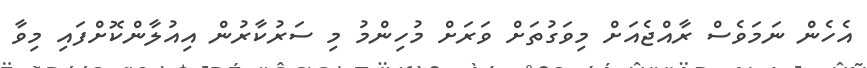
އެހެން ނަމަވެސް ރާއްޖެއަށް މިވަގުތަށް ވަރަށް މުހިންމު މި ސަރުކާރުން އިއުލާންކޮށްފައި މިވާ